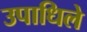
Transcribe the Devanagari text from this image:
उपाधिले